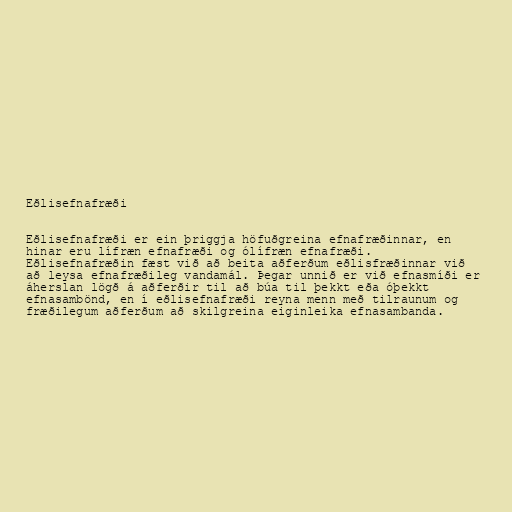
Eðlisefnafræði

Eðlisefnafræði er ein þriggja höfuðgreina efnafræðinnar, en
hinar eru lífræn efnafræði og ólífræn efnafræði.
Eðlisefnafræðin fæst við að beita aðferðum eðlisfræðinnar við
að leysa efnafræðileg vandamál. Þegar unnið er við efnasmíði er
áherslan lögð á aðferðir til að búa til þekkt eða óþekkt
efnasambönd, en í eðlisefnafræði reyna menn með tilraunum og
fræðilegum aðferðum að skilgreina eiginleika efnasambanda.